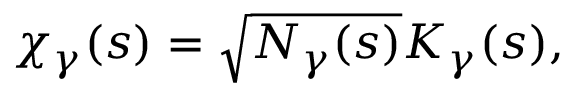
\chi _ { \gamma } ( s ) = \sqrt { N _ { \gamma } ( s ) } { \cal K } _ { \gamma } ( s ) ,